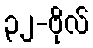
၃၂-ဗိုလ်